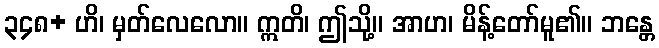
၃၄၈+ ဟိ၊ မှတ်လေလော။ ဣတိ၊ ဤသို့။ အာဟ၊ မိန့်တော်မူ၏။ ဘန္တေ